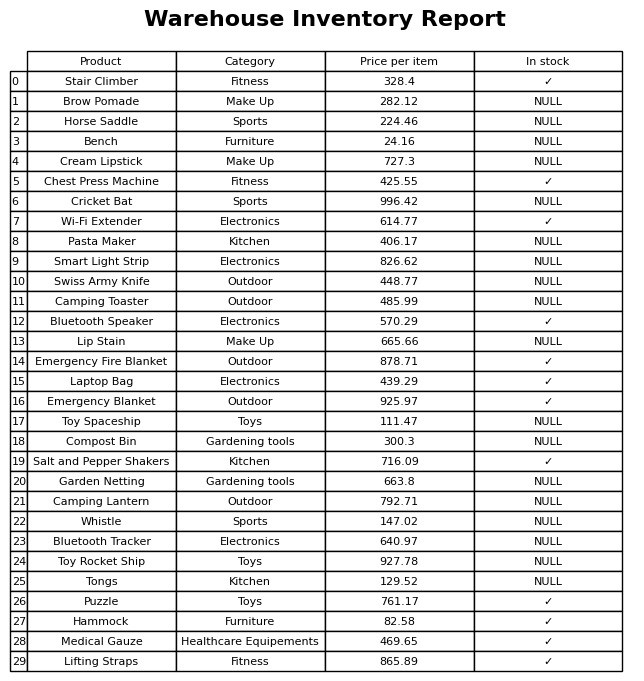
question: Which products are available in stock?
answer: Stair Climber, Chest Press Machine, Wi-Fi Extender, Bluetooth Speaker, Emergency Fire Blanket, Laptop Bag, Emergency Blanket, Salt and Pepper Shakers, Puzzle, Hammock, Medical Gauze, Lifting Straps